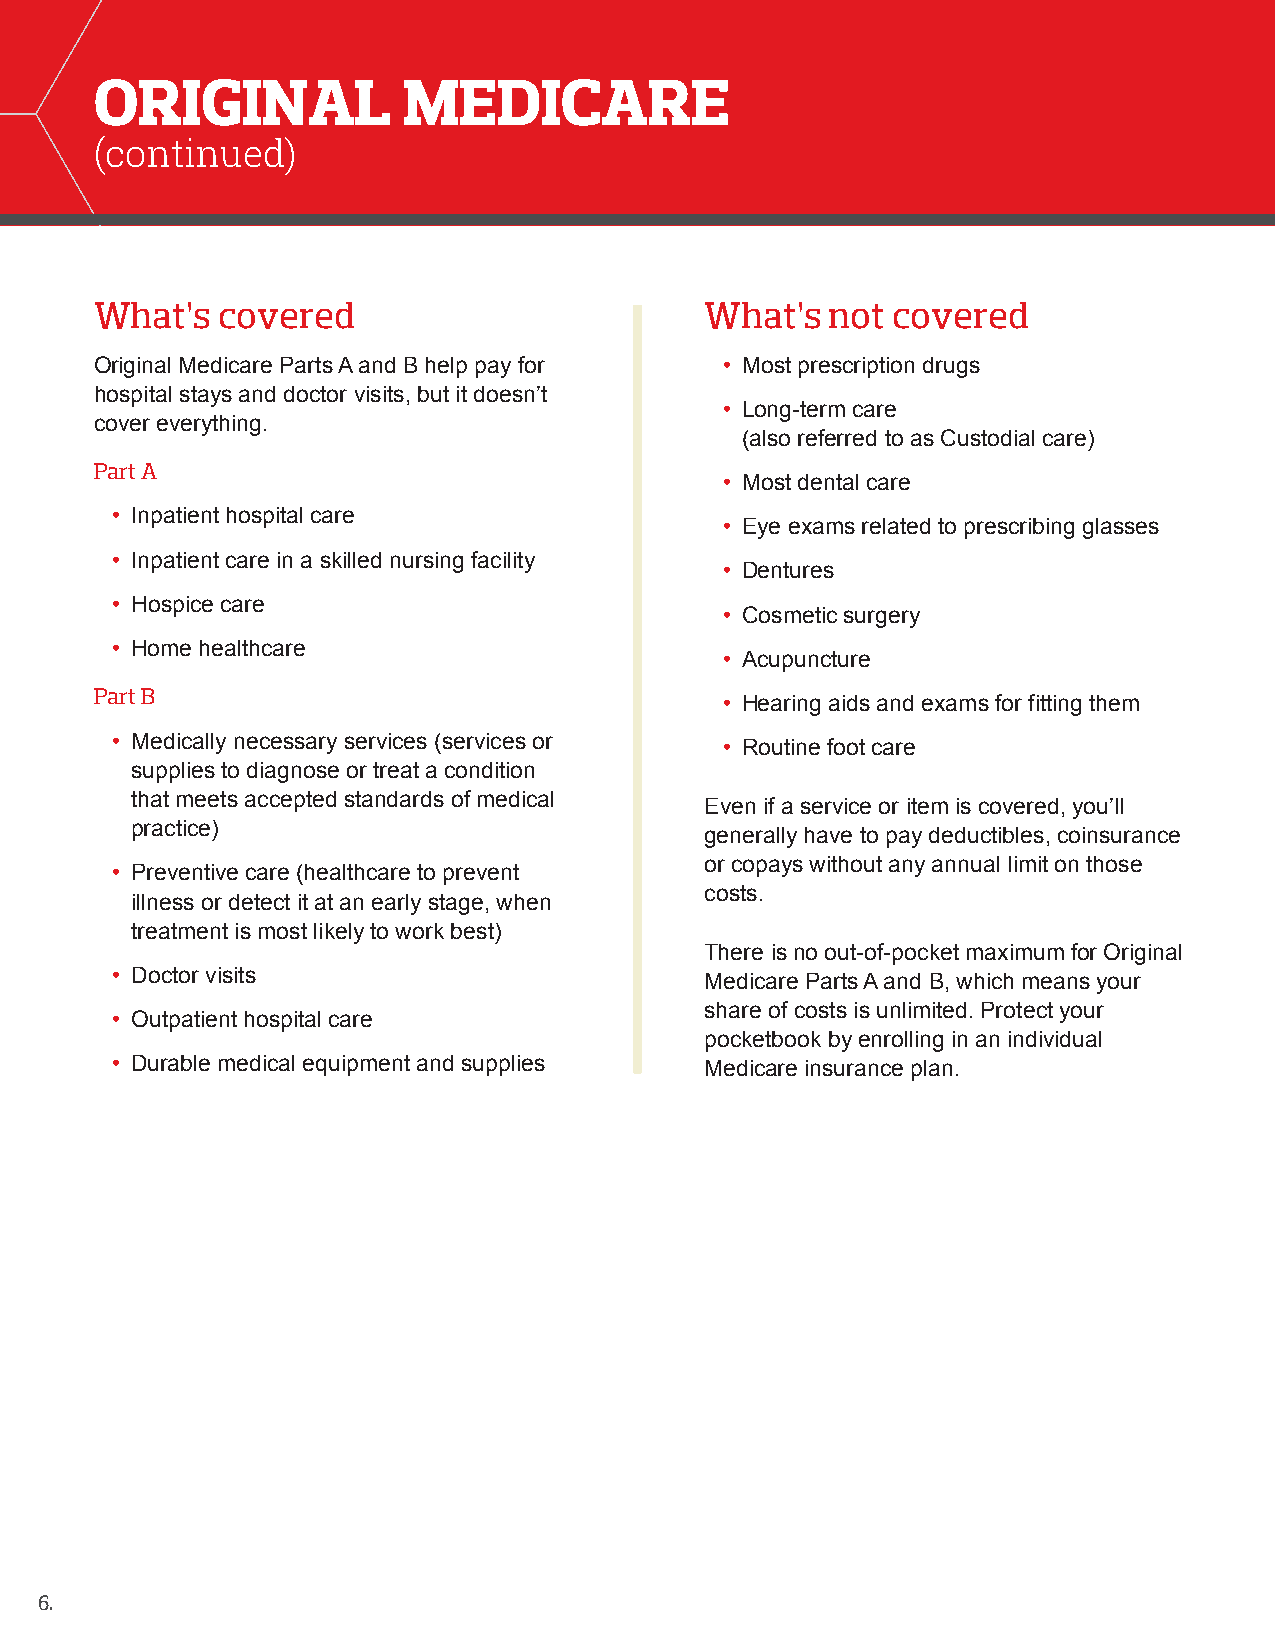
ORIGINAL             MEDICARE
 (continued)
 What’s  covered                          What’s  not covered
 Original Medicare Parts A and B help pay for • Most prescription drugs
 hospital stays and doctor visits, but it doesn’t
 • Long-term care
 cover everything.
 (also referred to as Custodial care)
 Part A
 • Most dental care
 • Inpatient hospital care
 • Eye exams related to prescribing glasses
 • Inpatient care in a skilled nursing facility
 • Dentures
 • Hospice care
 • Cosmetic surgery
 • Home healthcare
 • Acupuncture
 Part B                                    • Hearing aids and exams for fitting them
 • Medically necessary services (services or
 • Routine foot care
 supplies to diagnose or treat a condition
 that meets accepted standards of medical
 Even if a service or item is covered, you’ll
 practice)
 generally have to pay deductibles, coinsurance
 or copays without any annual limit on those
 • Preventive care (healthcare to prevent
 costs.
 illness or detect it at an early stage, when
 treatment is most likely to work best)
 There is no out-of-pocket maximum for Original
 • Doctor visits                         Medicare Parts A and B, which means your
 share of costs is unlimited. Protect your
 • Outpatient hospital care
 pocketbook by enrolling in an individual
 • Durable medical equipment and supplies Medicare insurance plan.
 6.